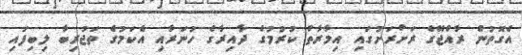
އެގޮތުން ރާއްޖޭގެ ރަށްރަށުގައި އިމާރާތް ކުރުމުގެ ދާއިރާގެ ހުނަރާއި އެކަމުގެ ތަޖުރިބާ ލިބިފައި